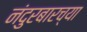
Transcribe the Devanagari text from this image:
नंदुरबारच्या